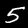
Label: 5